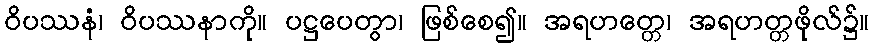
ဝိပဿနံ၊ ဝိပဿနာကို။ ပဋ္ဌပေတွာ၊ ဖြစ်စေ၍။ အရဟတ္တေ၊ အရဟတ္တဖိုလ်၌။